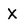
Character: x